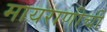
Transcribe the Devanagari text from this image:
मायराणीची